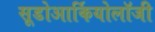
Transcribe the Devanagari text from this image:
सूडोआर्कियोलॉजी